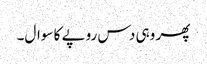
پھر وہی دس روپے کا سوال۔